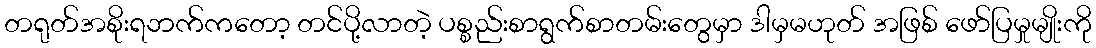
တရုတ်အစိုးရဘက်ကတော့ တင်ပို့လာတဲ့ ပစ္စည်းစာရွက်စာတမ်းတွေမှာ ဒါမှမဟုတ် အဖြစ် ဖော်ပြမှုမျိုးကို